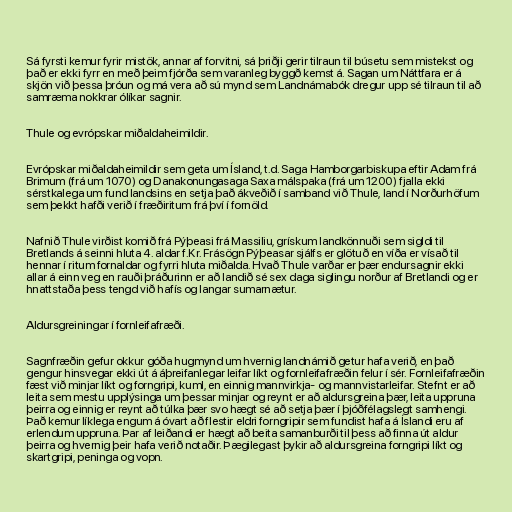
Sá fyrsti kemur fyrir mistök, annar af forvitni, sá þriðji gerir tilraun til búsetu sem mistekst og
það er ekki fyrr en með þeim fjórða sem varanleg byggð kemst á. Sagan um Náttfara er á
skjön við þessa þróun og má vera að sú mynd sem Landnámabók dregur upp sé tilraun til að
samræma nokkrar ólíkar sagnir.

Thule og evrópskar miðaldaheimildir.

Evrópskar miðaldaheimildir sem geta um Ísland, t.d. Saga Hamborgarbiskupa eftir Adam frá
Brimum (frá um 1070) og Danakonungasaga Saxa málspaka (frá um 1200) fjalla ekki
sérstkalega um fund landsins en setja það ákveðið í samband við Thule, land í Norðurhöfum
sem þekkt hafði verið í fræðiritum frá því í fornöld.

Nafnið Thule virðist komið frá Pýþeasi frá Massiliu, grískum landkönnuði sem sigldi til
Bretlands á seinni hluta 4. aldar f.Kr. Frásögn Pýþeasar sjálfs er glötuð en víða er vísað til
hennar í ritum fornaldar og fyrri hluta miðalda. Hvað Thule varðar er þær endursagnir ekki
allar á einn veg en rauði þráðurinn er að landið sé sex daga siglingu norður af Bretlandi og er
hnattstaða þess tengd við hafís og langar sumarnætur.

Aldursgreiningar í fornleifafræði.

Sagnfræðin gefur okkur góða hugmynd um hvernig landnámið getur hafa verið, en það
gengur hinsvegar ekki út á áþreifanlegar leifar líkt og fornleifafræðin felur í sér. Fornleifafræðin
fæst við minjar líkt og forngripi, kuml, en einnig mannvirkja- og mannvistarleifar. Stefnt er að
leita sem mestu upplýsinga um þessar minjar og reynt er að aldursgreina þær, leita uppruna
þeirra og einnig er reynt að túlka þær svo hægt sé að setja þær í þjóðfélagslegt samhengi.
Það kemur líklega engum á óvart að flestir eldri forngripir sem fundist hafa á Íslandi eru af
erlendum uppruna. Þar af leiðandi er hægt að beita samanburði til þess að finna út aldur
þeirra og hvernig þeir hafa verið notaðir. Þægilegast þykir að aldursgreina forngripi líkt og
skartgripi, peninga og vopn.